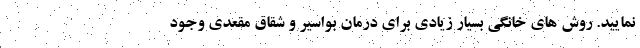
نمایید. روش های خانگی بسیار زیادی برای درمان بواسیر و شقاق مقعدی وجود